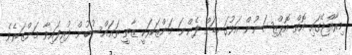
މިރާއްޖޭގައި އޮތް އޮޕްޒިޝަނުން އަޅުގަނޑަށް ފެންނަ މަންޒަރަކީ ޒާތީ ތަޢައްސުބުން ފުރިފައިވާ މަންޒަރެވެ